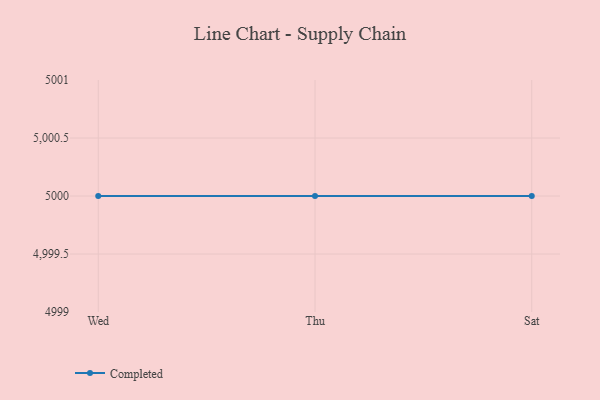
{"axis": {"x": "Day", "y": "Customer Acquisition Cost (USD)"}, "legend": ["Completed"], "data": [{"x": "Wed", "y": 5000, "type": "Completed"}, {"x": "Thu", "y": 5000, "type": "Completed"}, {"x": "Sat", "y": 5000, "type": "Completed"}]}